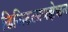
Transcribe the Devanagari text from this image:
डिजिटलायझेशन